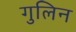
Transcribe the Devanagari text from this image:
गुलिन